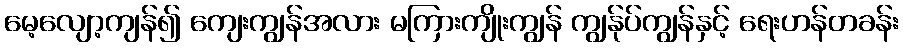
မေ့လျော့ကျန်၍ ကျေးကျွန်အလား မကြားကျိုးကျွန် ကျွန်ုပ်ကျွန်နှင့် ရေးဟန်တခန်း